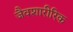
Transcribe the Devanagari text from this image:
जैवशारीरिक